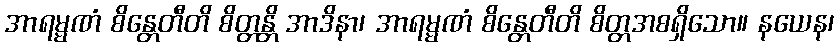
အာရမ္မဏံ စိန္တေတီတိ စိတ္တန္တိ အာဒိနာ၊ အာရမ္မဏံ စိန္တေတီတိ စိတ္တအစရှိသော။ နယေန၊